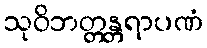
သုဝိဘတ္တန္တရာပဏံ